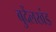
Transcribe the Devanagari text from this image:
बुदेंलखंड